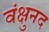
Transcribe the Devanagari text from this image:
वंक्षुनद